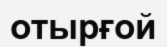
отырғой